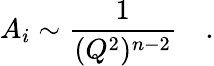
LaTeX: A_{i}\sim\frac{1}{(Q^{2})^{n-2}}\quad.